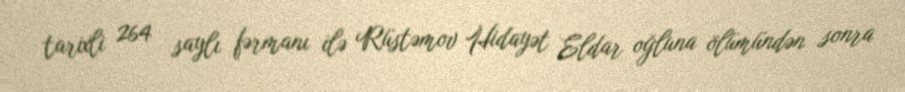
tarixli 264 saylı fərmanı ilə Rüstəmov Hidayət Eldar oğluna ölümündən sonra